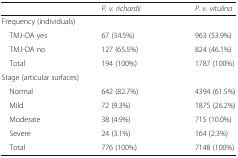
|  | P. v. richardii | P. v. vitulina |
 | --- | --- | --- |
 | <COLSPAN=3> Frequency (individuals) |
 | TMJ-OA yes | 67 (34.5%) | 963 (53.9%) |
 | TMJ-OA no | 127 (65.5%) | 824 (46.1%) |
 | Total | 194 (100%) | 1787 (100%) |
 | <COLSPAN=3> Stage (articular surfaces) |
 | Normal | 642 (82.7%) | 4394 (61.5%) |
 | Mild | 72 (9.3%) | 1875 (26.2%) |
 | Moderate | 38 (4.9%) | 715 (10.0%) |
 | Severe | 24 (3.1%) | 164 (2.3%) |
 | Total | 776 (100%) | 7148 (100%) |